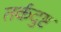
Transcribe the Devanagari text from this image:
तर्कदुष्ट